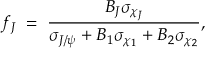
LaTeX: f _ { J } \; = \; { \frac { B _ { J } \sigma _ { \chi _ { J } } } { \sigma _ { J / \psi } + B _ { 1 } \sigma _ { \chi _ { 1 } } + B _ { 2 } \sigma _ { \chi _ { 2 } } } } ,